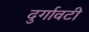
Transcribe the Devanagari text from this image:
दुर्गावटी